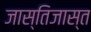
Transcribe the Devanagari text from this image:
जास्तिजास्त